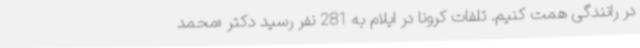
در رانندگی همت کنیم. تلفات کرونا در ایلام به 281 نفر رسید دکتر «محمد